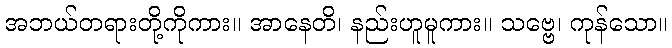
အဘယ်တရားတို့ကိုကား။ အာနေတိ၊ နည်းဟူမူကား။ သဗ္ဗေ၊ ကုန်သော။